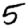
Digit: 5